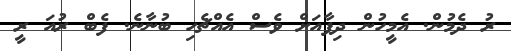
ރު ދެމުން. އެމީހުން ދިފާއަށް ވެސް އެއްޗެހި ބުނާނެ. ފެބް ރުއަ ރީ